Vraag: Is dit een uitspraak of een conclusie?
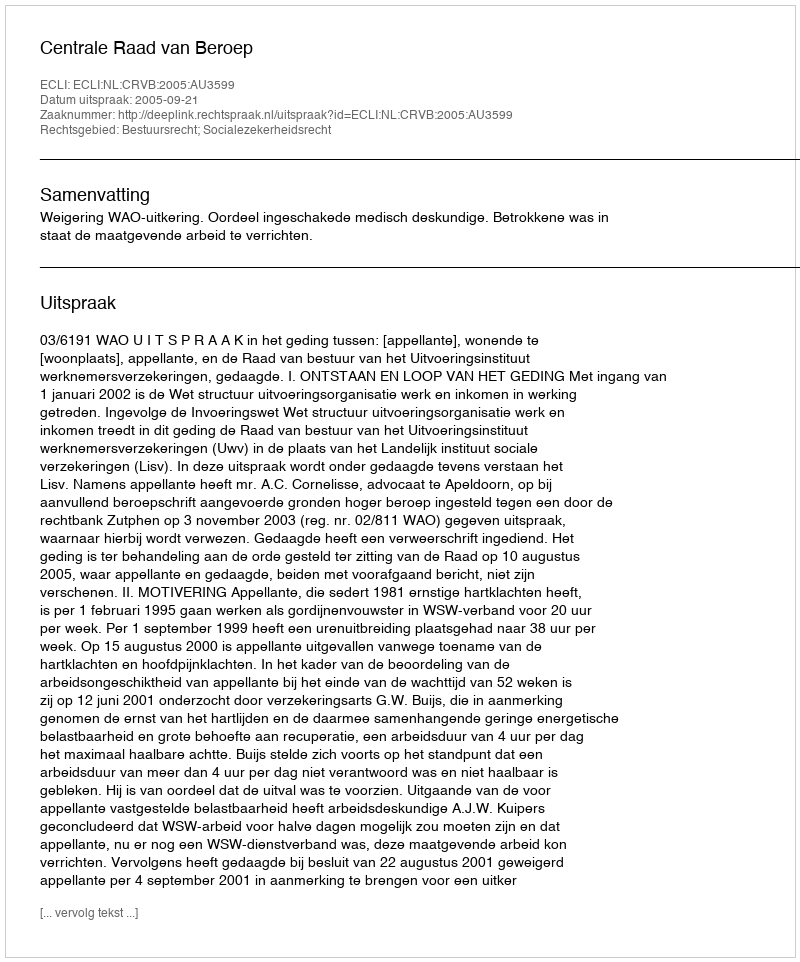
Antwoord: Uitspraak